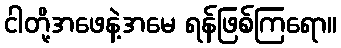
ငါတို့အဖေနဲ့အမေ ရန်ဖြစ်ကြရော။